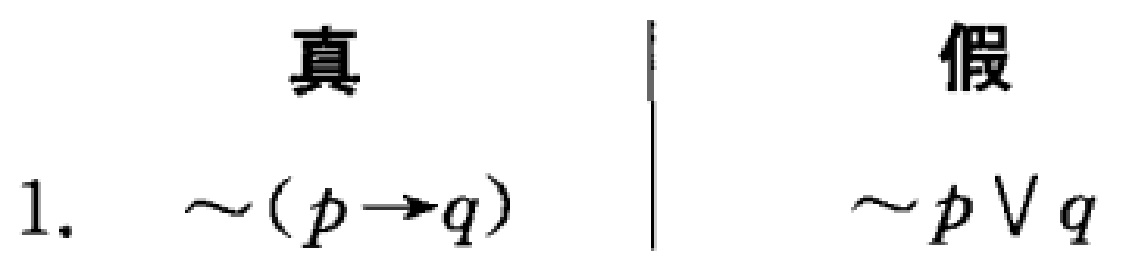
\begin{tabular}{c|c}
真 & 假 \\
1. $\sim(p \to q)$ & $\sim p \vee q$
\end{tabular}